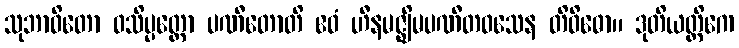
သုဘာဝိတော ဝသိပ္ပတ္တော ပဏီတောတိ ဧဝံ ဟီနမဇ္ဈိမပဏီတဝသေန တိဝိဓော။ ဒုတိယတ္တိကေ